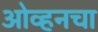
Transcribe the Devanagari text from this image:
ओव्हनचा